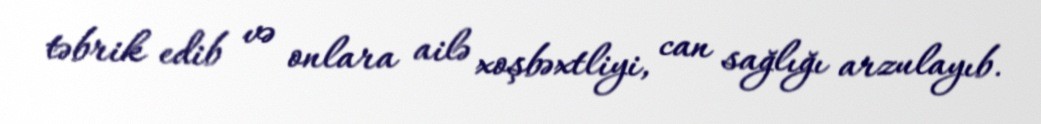
təbrik edib və onlara ailə xoşbəxtliyi, can sağlığı arzulayıb.